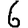
Digit: 6